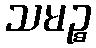
သမဉ္စ